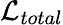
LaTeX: \mathcal{L}_{total}